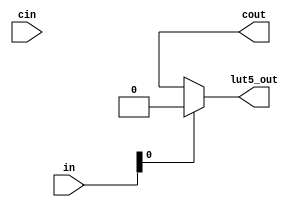
module adder_lut5(
   output lut5_out,
   (* abc9_carry *)
   output cout,
   input [0:4] in,
   (* abc9_carry *)
   input cin
);
    parameter [0:15] LUT=0;
    parameter IN2_IS_CIN = 0;
    wire [0:4] li = (IN2_IS_CIN) ? {in[0], in[1], cin, in[3], in[4]} : {in[0], in[1], in[2], in[3],in[4]};
    // Output function
    wire [0:15] s1 = li[0] ?
        {LUT[0], LUT[2], LUT[4], LUT[6], LUT[8], LUT[10], LUT[12], LUT[14], LUT[16], LUT[18], LUT[20], LUT[22], LUT[24], LUT[26], LUT[28], LUT[30]}:
        {LUT[1], LUT[3], LUT[5], LUT[7], LUT[9], LUT[11], LUT[13], LUT[15], LUT[17], LUT[19], LUT[21], LUT[23], LUT[25], LUT[27], LUT[29], LUT[31]};
    wire [0:7] s2 = li[1] ? {s1[0], s1[2], s1[4], s1[6], s1[8], s1[10], s1[12], s1[14]} :
                            {s1[1], s1[3], s1[5], s1[7], s1[9], s1[11], s1[13], s1[15]};
    wire [0:3] s3 = li[2] ? {s2[0], s2[2], s2[4], s2[6]} : {s2[1], s2[3], s2[5], s2[7]};
    wire [0:1] s4 = li[3] ? {s3[0], s3[2]} : {s3[1], s3[3]};
    assign lut5_out = li[4] ? s4[0] : s4[1];
    // Carry out function
    assign cout = (s3[2]) ? cin : s3[3];
endmodule